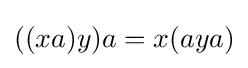
((xa)y)a=x(aya)